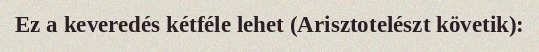
Ez a keveredés kétféle lehet (Arisztotelészt követik):